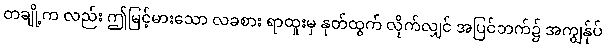
တချို့က လည်း ဤမြင့်မားသော လခစား ရာထူးမှ နုတ်ထွက် လိုက်လျှင် အပြင်ဘက်၌ အကျွန်ုပ်